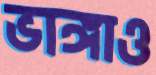
ভাঙ্গাও